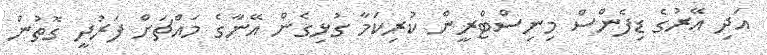
އަދި އޭރުގެ ޑިފެންސް މިނިސްޓްރީން ކުރިކަމާ ގުޅިގެން އޭނާގެ މައްޗަށް ފަރުދީ ގޮތުން